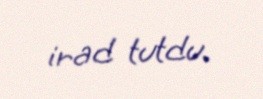
irad tutdu.